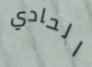
الحادي